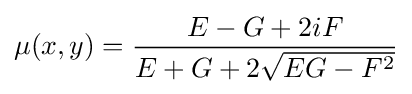
\displaystyle \mu (x,y)={E-G+2iF \over E+G+2{\sqrt {EG-F^{2}}}}